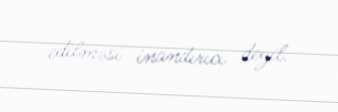
edilməsi inandırıcı deyil.